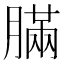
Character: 䐽